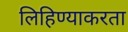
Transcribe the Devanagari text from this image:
लिहिण्याकरता